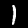
Label: 1